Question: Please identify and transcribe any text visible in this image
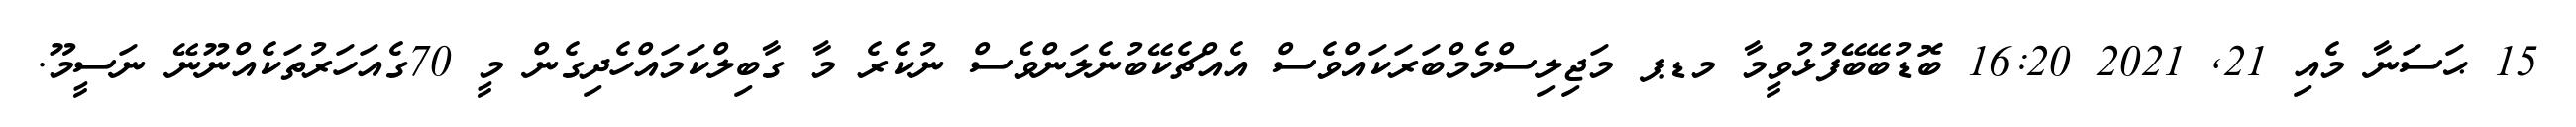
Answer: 15 ޙަސަނާ މެއި 21, 2021 16:20 ބޮޑުބޭބޭފުޅުވީމާ މޑޕ މަޖިލިސްމެމްބަރަކައްވެސް އެއްޗެކޭބުނެލަންވެސް ނުކެރެ މާ ގާބިލްކަމައްހެދިގެން މީ 70ގެއަހަރުތަކެއްނޫނޭ ނަސީމޫ.